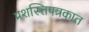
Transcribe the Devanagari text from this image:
प्रशस्तिपत्रकात